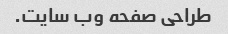
طراحی صفحه وب سایت.